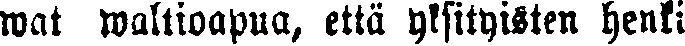
wat waltioapua, että yksityisten henki